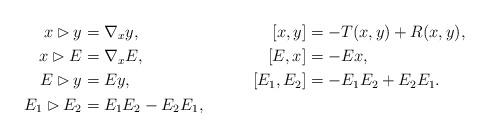
LaTeX: \begin{align*} x \rhd y & = \nabla_x y, & [x,y] & = - T(x,y) + R(x,y), \\ x \rhd E & = \nabla_x E, & [E,x] & = -Ex, \\ E \rhd y & = E y, & [E_1, E_2] & = - E_1 E_2 + E_2 E_1. \\ E_1 \rhd E_2 & = E_1 E_2 - E_2 E_1, \end{align*}